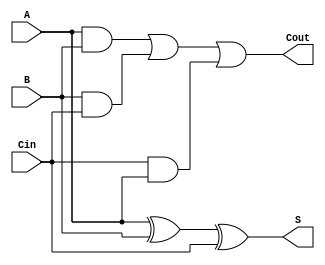
module fulladder_( input A,input B,input Cin,output   S, output   Cout);
  assign S = A^B^Cin;
  assign Cout = (A&B)|(B&Cin)|(Cin&A);
endmodule